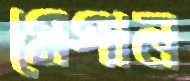
মেগান